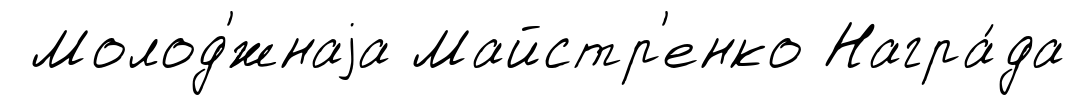
Молод'́жнаjа Майстр'енко Награ́да